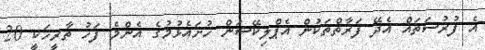
އެ ފުރުސަތައް އެދޭ ފަރާތްތަކުން އެޕްލިކޭޝަން ހުށައެޅުމުގެ އެންމެ ފަހު ތާރީހަކީ 20